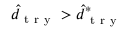
\hat { d } _ { \mathrm { ~ t ~ r ~ y ~ } } > \hat { d } _ { \mathrm { ~ t ~ r ~ y ~ } } ^ { * }